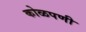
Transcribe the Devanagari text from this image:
कोळपणी